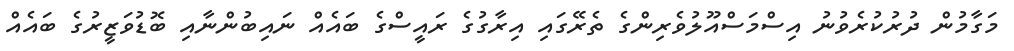
މަގާމުން ދުރުކުރެވުނު އިސްމަސްއޫލުވެރިންގެ ތެރޭގައި އިރާގުގެ ރައީސްގެ ބައެއް ނައިބުންނާއި ބޮޑުވަޒީރުގެ ބައެއް